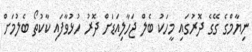
ނިޔާމްގެ ގޭގެ ދޮރުގައި މީހަކު ބެލް ޖަހާލިއަޑަށް ދޮރު ހުޅުވާފައި ކާކުތޯ ބެލުމަށް